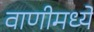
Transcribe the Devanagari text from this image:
वाणीमध्ये